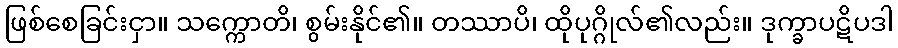
ဖြစ်စေခြင်းငှာ။ သက္ကောတိ၊ စွမ်းနိုင်၏။ တဿာပိ၊ ထိုပုဂ္ဂိုလ်၏လည်း။ ဒုက္ခာပဋိပဒါ